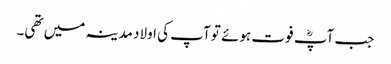
جب آپؓ فوت ہوئے تو آپ کی اولاد مدینہ میں تھی۔